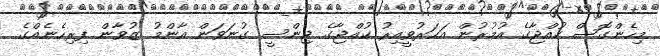
މިހެންގޮސް ކުއްޖާގެ އުމުރުން އަހަރުވީއިރު ކުއްޖާގެ ޖިންސީ ގުނަވަން އާންމު ޒުވާން ފިރިހެނެއްގެ